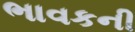
ભાવકની